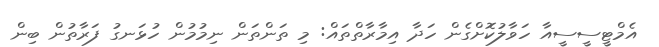
އެމްޓީސީސީއާ ހަވާލުކޮށްގެން ހަދާ އިމާރާތްތައް: މި ތަންތަން ނިމުމުން ހުޅަނގު ފަރާތުން ބިން